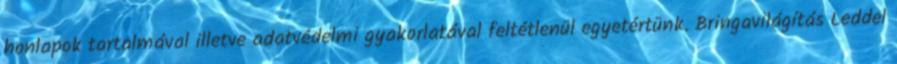
honlapok tartalmával illetve adatvédelmi gyakorlatával feltétlenül egyetértünk. Bringavilágítás Leddel